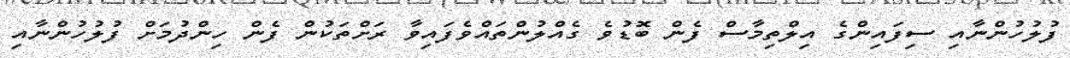
ފުލުހުންނާއި ސިފައިންގެ އިލްތިމާސް ފެން ބޮޑުވެ ގެއްލުންތައްވެފައިވާ ރަށްތަކުން ފެން ހިންދުމަށް ފުލުހުންނާއި